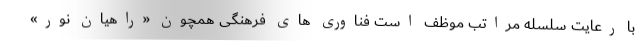
با رعایت سلسله مراتب موظف است فناوری های فرهنگی همچون «راهیان نور»